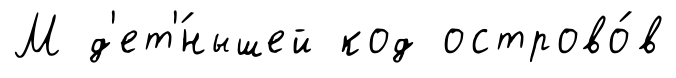
М д'ет'́нышей код острово́в